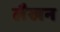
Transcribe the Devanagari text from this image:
लैखन